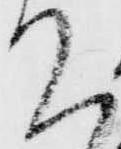
て